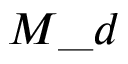
M \_ d